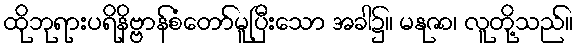
ထိုဘုရားပရိနိဗ္ဗာန်စံတော်မူပြီးသော အခါ၌။ မနုဇာ၊ လူတို့သည်။